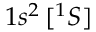
1 s ^ { 2 } \, [ { ^ 1 S } ]